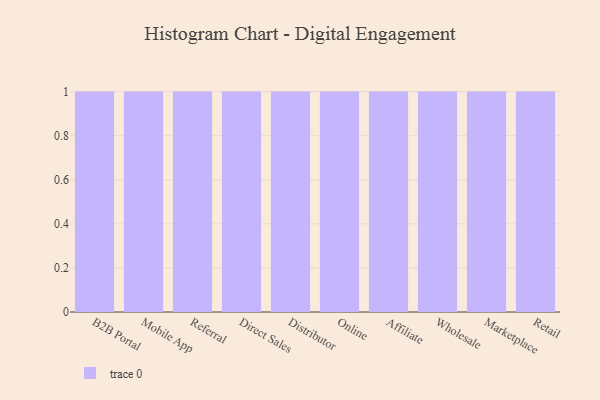
{"axis": {"x": "Channel", "y": "Revenue (USD Million)"}, "legend": [""], "data": [{"x": "B2B Portal", "y": 34, "type": ""}, {"x": "Mobile App", "y": 28, "type": ""}, {"x": "Referral", "y": 31, "type": ""}, {"x": "Direct Sales", "y": 19, "type": ""}, {"x": "Distributor", "y": 62, "type": ""}, {"x": "Online", "y": 81, "type": ""}, {"x": "Affiliate", "y": 70, "type": ""}, {"x": "Wholesale", "y": 80, "type": ""}, {"x": "Marketplace", "y": 2, "type": ""}, {"x": "Retail", "y": 30, "type": ""}]}